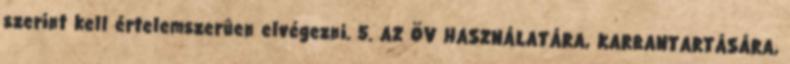
szerint kell értelemszerûen elvégezni. 5. AZ ÖV HASZNÁLATÁRA, KARBANTARTÁSÁRA,